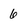
Character: 6